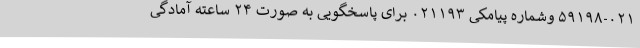
۵۹۱۹۸-۰۲۱ وشماره پیامکی ۰۲۱۱۹۳ برای پاسخگویی به صورت ۲۴ ساعته آمادگی